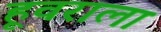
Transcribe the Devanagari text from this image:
हूवराला